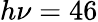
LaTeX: h\nu=46